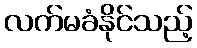
လက်မခံနိုင်သည့်